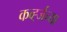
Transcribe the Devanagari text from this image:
कर्व्ह्जच्या